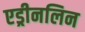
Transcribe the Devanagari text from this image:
एड्रीनलिन